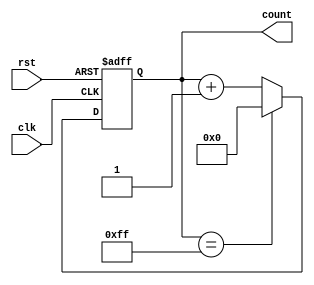
module BinaryCounter (
    input clk,
    input rst,
    output reg [7:0] count
);
    
always @(posedge clk or posedge rst) begin
    if (rst) begin
        count <= 8'b0;
    end else begin
        if (count == 8'b11111111) begin
            count <= 8'b0;
        end else begin
            count <= count + 1;
        end
    end
end

endmodule